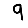
Digit: 9